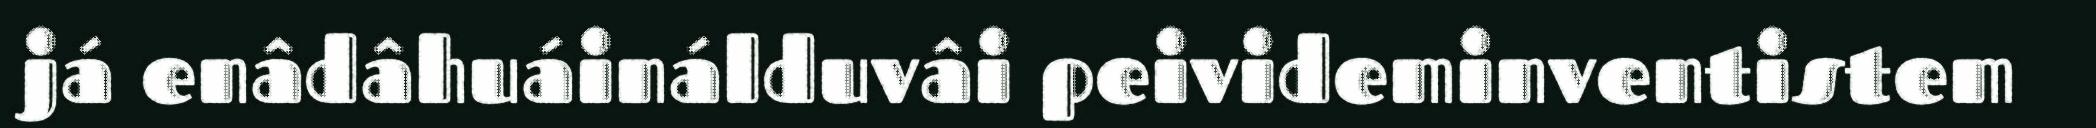
já enâdâhuáinálduvâi peivideminventistem